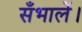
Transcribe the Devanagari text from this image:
सँभालें।